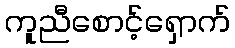
ကူညီစောင့်ရှောက်